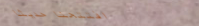
افتتحنا حديثاً